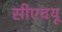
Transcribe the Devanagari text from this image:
सीएचयू